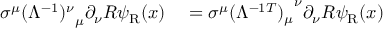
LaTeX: \begin{array} { r l } { \sigma ^ { \mu } { ( \Lambda ^ { - 1 } ) ^ { \nu } } _ { \mu } \partial _ { \nu } R \psi _ { \mathrm { { R } } } ( x ) } & { { } = \sigma ^ { \mu } { ( \Lambda ^ { - 1 T } ) _ { \mu } } ^ { \nu } \partial _ { \nu } R \psi _ { \mathrm { { R } } } ( x ) } \end{array}